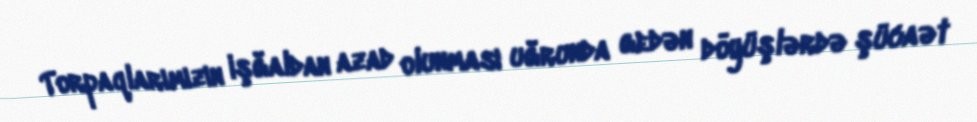
Torpaqlarımızın işğaldan azad olunması uğrunda gedən döyüşlərdə şücaət